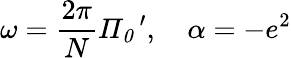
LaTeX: \omega=\frac{2\pi}{N}{\mathit\Pi}_{{\mathit 0}}\, ^{\prime},\quad\alpha=-e^{2}